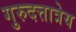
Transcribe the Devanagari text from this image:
गुरुदत्तात्रेय